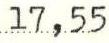
17,55